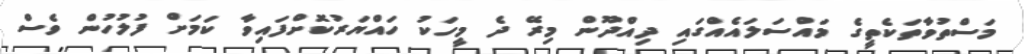
މަސްތުވާތަކެތީގެ މައްސަލައެއްގައި ދިއްދޫން މިރޭ ދެ މީހަކު ހައްޔަރުކޮށްފައިވާ ކަމަށް ފުލުހުން ވެސް